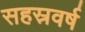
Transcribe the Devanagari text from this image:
सहस्रवर्ष